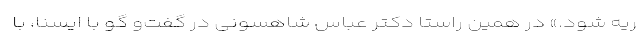
ریه شود.» در همین راستا دکتر عباس شاهسونی در گفت‌و گو با ایسنا، با